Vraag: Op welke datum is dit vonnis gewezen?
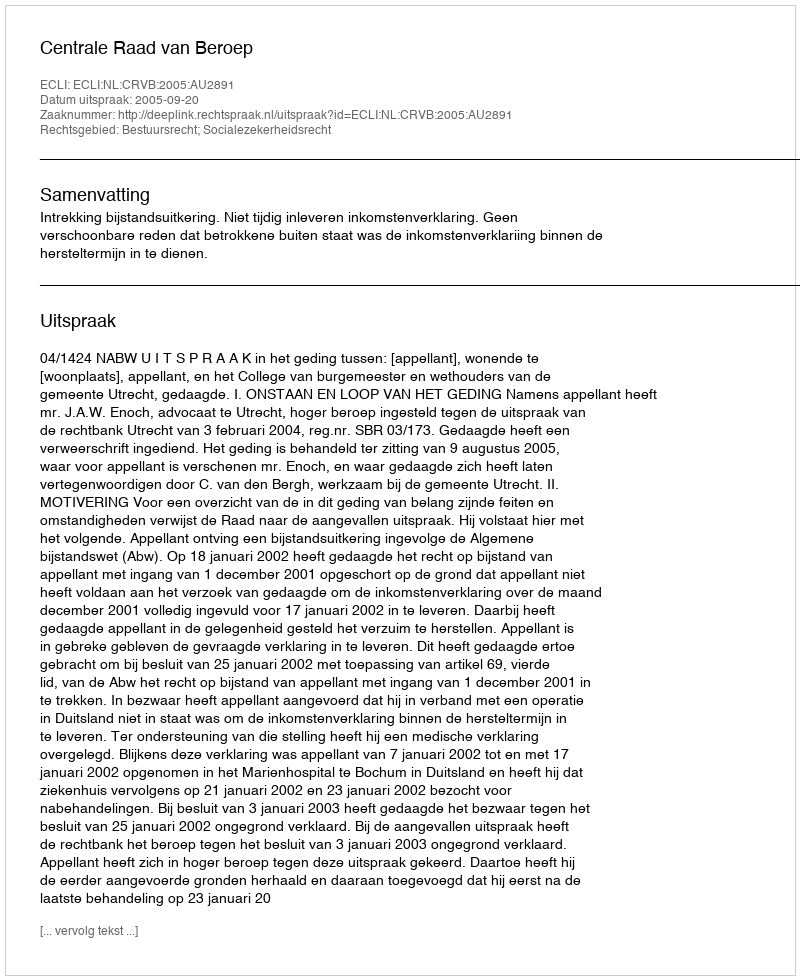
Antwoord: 2005-09-20